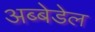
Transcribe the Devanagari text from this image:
अब्बेडेल